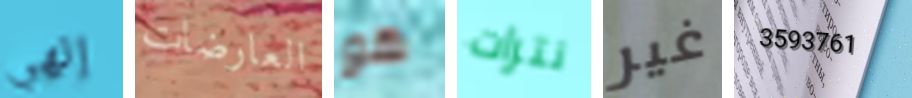
إلهي العارضات هو نترات غير 3593761